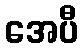
အေပီ